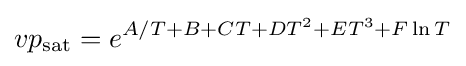
vp_{\text{sat}}=e^{A/T+B+CT+DT^{2}+ET^{3}+F\ln T}